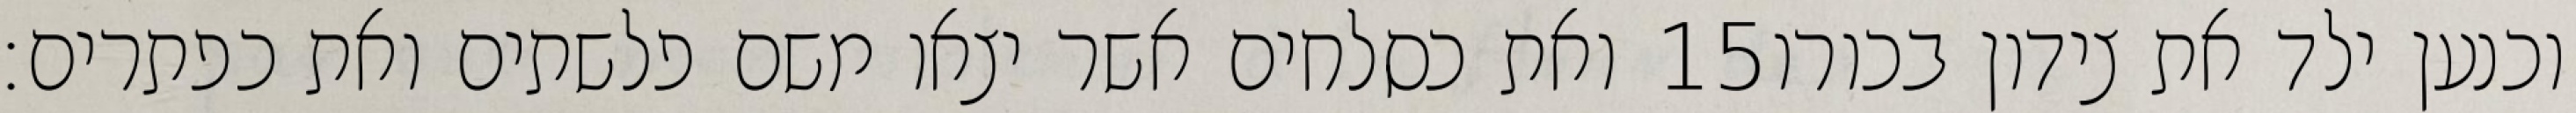
ואת כסלחים אשר יצאו משם פלשתים ואת כפתרים׃ ‎15‏ וכנען ילד את צידון בכורו